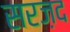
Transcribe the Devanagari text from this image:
सरज़द